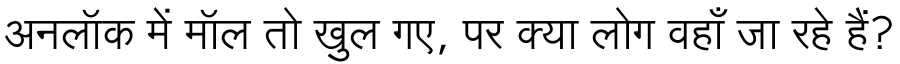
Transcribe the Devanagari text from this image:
अनलॉक में मॉल तो खुल गए, पर क्या लोग वहाँ जा रहे हैं?